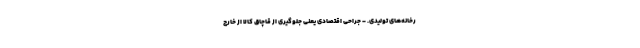
رخانه‌های تولیدی. - جراحی اقتصادی یعنی جلوگیری از قاچاق کالا از خارج